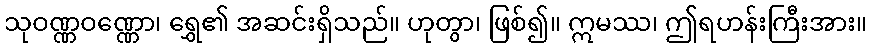
သုဝဏ္ဏဝဏ္ဏော၊ ရွှေ၏ အဆင်းရှိသည်။ ဟုတွာ၊ ဖြစ်၍။ ဣမဿ၊ ဤရဟန်းကြီးအား။